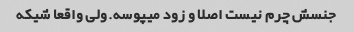
جنسش چرم نیست اصلا و زود میپوسه.ولی واقعا شیکه